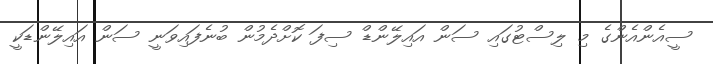
ސީއެންއެންގެ މި ލިސްޓުގައި ސަން އައިލޭންޑް ސިފަ ކޮށްދެމުން ބުނެފައިވަނީ ސަން އައިލޭންޑަކީ